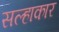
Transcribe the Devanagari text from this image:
सल्हाकार